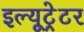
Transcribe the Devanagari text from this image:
इल्यूट्रेटर